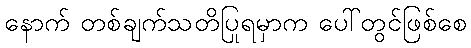
နောက် တစ်ချက်သတိပြုရမှာက ပေါ်တွင်ဖြစ်စေ